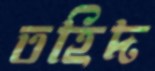
তহিদ